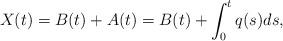
LaTeX: \begin{align*}X(t) = B(t) + A(t) = B(t) + \int_0^tq(s)ds,\end{align*}